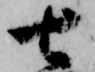
七